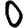
Digit: 0